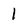
Character: 1